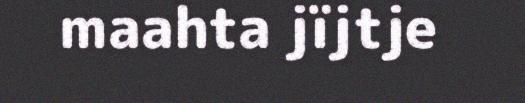
maahta jïjtje